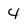
Character: 4